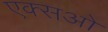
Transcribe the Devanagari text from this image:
एक्सओ